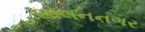
સોલનનગર